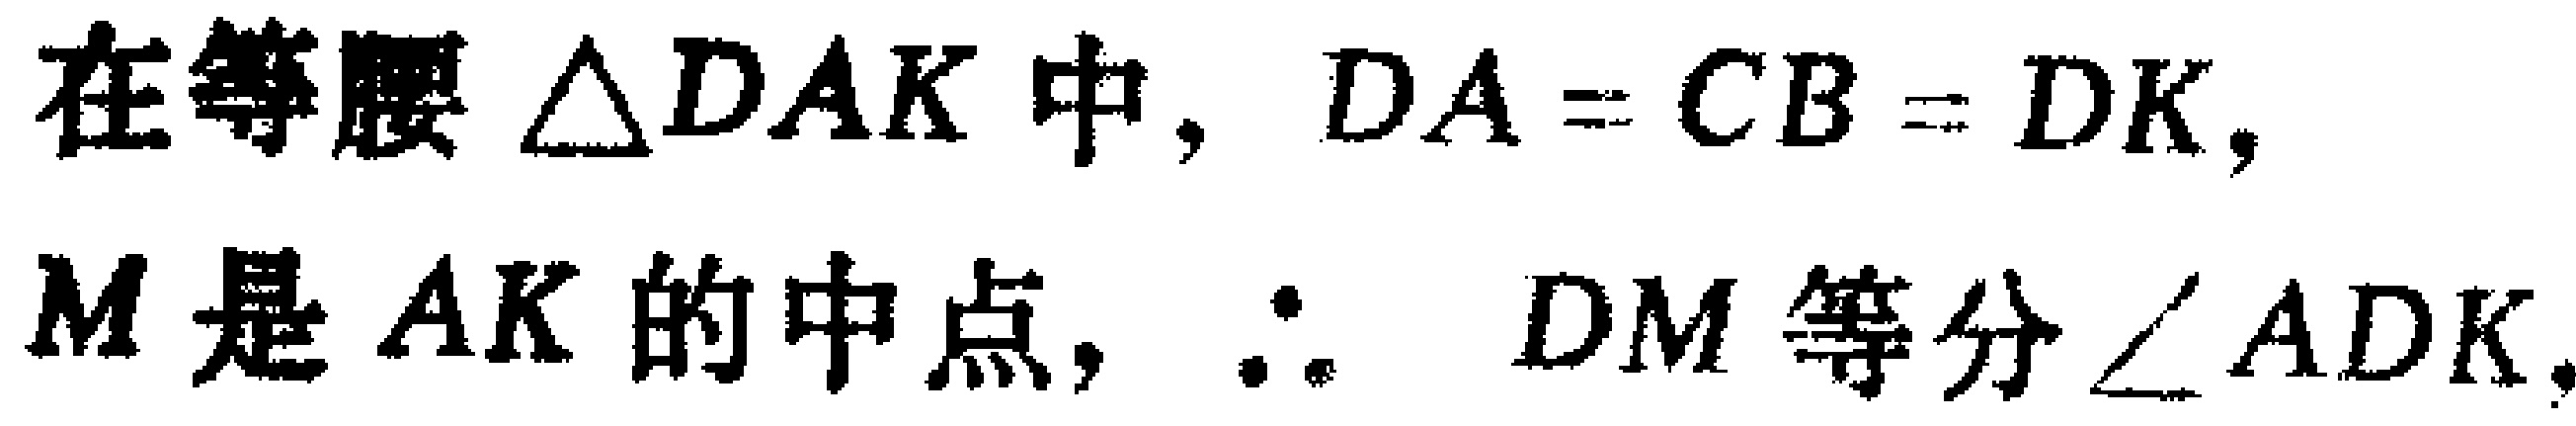
在等腰$\triangle DAK$中，$DA = CB = DK$，
$M$是$AK$的中点，$\therefore$ $DM$等分$\angle ADK$.